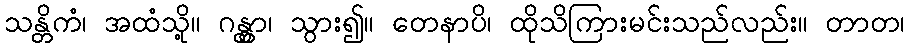
သန္တိကံ၊ အထံသို့။ ဂန္တွာ၊ သွား၍။ တေနာပိ၊ ထိုသိကြားမင်းသည်လည်း။ တာတ၊